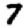
Digit: 7